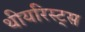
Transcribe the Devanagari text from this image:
थीयरिस्ट्स